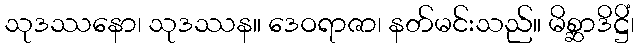
သုဒဿနော၊ သုဒဿန။ ဒေဝရာဇာ၊ နတ်မင်းသည်။ မိစ္ဆာဒိဋ္ဌိံ၊